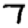
Digit: 7